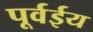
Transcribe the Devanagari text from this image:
पूर्वईय